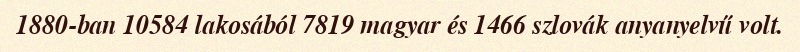
1880-ban 10584 lakosából 7819 magyar és 1466 szlovák anyanyelvű volt.